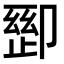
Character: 𫧽